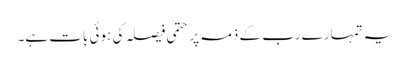
یہ تمہارے رب کے ذمہ پر حتمی فیصلہ کی ہوئی بات ہے۔